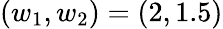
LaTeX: (w_{1},w_{2})=(2,1.5)